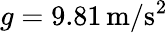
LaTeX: g=9.81\, \mathrm{m}/\mathrm{s}^{2}